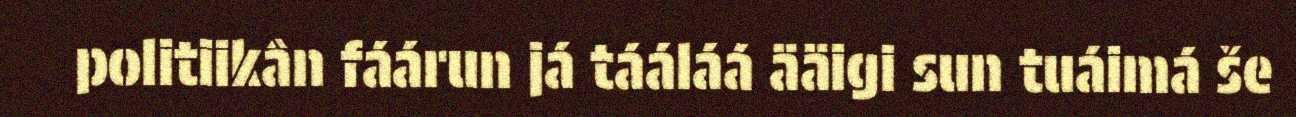
politiikân fáárun já tááláá ääigi sun tuáimá še